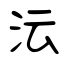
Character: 沄